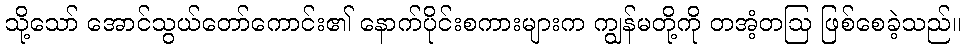
သို့သော် အောင်သွယ်တော်ကောင်း၏ နောက်ပိုင်းစကားများက ကျွန်မတို့ကို တအံ့တဩ ဖြစ်စေခဲ့သည်။